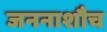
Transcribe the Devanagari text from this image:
जननाशौच